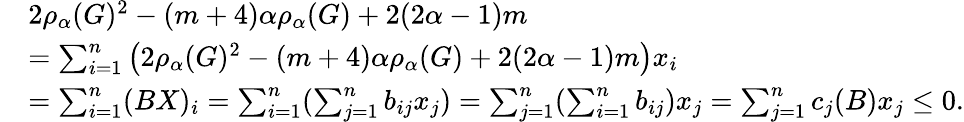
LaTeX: \begin{array}{rl}&{2\rho_{\alpha}(G)^{2}-(m+4)\alpha\rho_{\alpha}(G)+2(2\alpha-1)m}\\ &{=\sum_{i=1}^{n}\left(2\rho_{\alpha}(G)^{2}-(m+4)\alpha\rho_{\alpha}(G)+2(2\alpha-1)m\right)x_{i}}\\ &{=\sum_{i=1}^{n}(BX)_{i}=\sum_{i=1}^{n}(\sum_{j=1}^{n}b_{ij}x_{j})=\sum_{j=1}^{n}(\sum_{i=1}^{n}b_{ij})x_{j}=\sum_{j=1}^{n}c_{j}(B)x_{j}\leq 0.}\end{array}